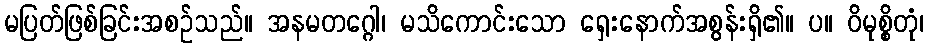
မပြတ်ဖြစ်ခြင်းအစဉ်သည်။ အနမတဂ္ဂေါ၊ မသိကောင်းသော ရှေးနောက်အစွန်းရှိ၏။ ပ။ ဝိမုစ္စိတုံ၊